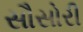
સૌસોરી